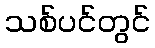
သစ်ပင်တွင်